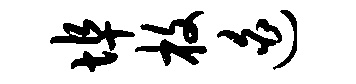
埠枚迫